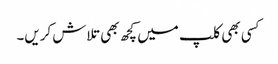
کسی بھی کلپ میں کچھ بھی تلاش کریں۔